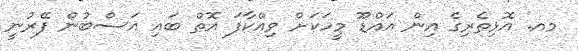
މއ. އޮޅިތެރިގެ އިން އައްޑޫ މީހަކަށް ވިއްކާފަ އޮތް ބައި ޣަސްބުން ފޭރުނީ